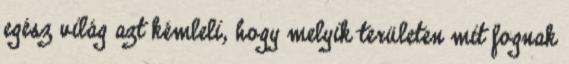
egész világ azt kémleli, hogy melyik területen mit fognak